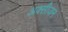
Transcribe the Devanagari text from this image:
अक्‍सीजन